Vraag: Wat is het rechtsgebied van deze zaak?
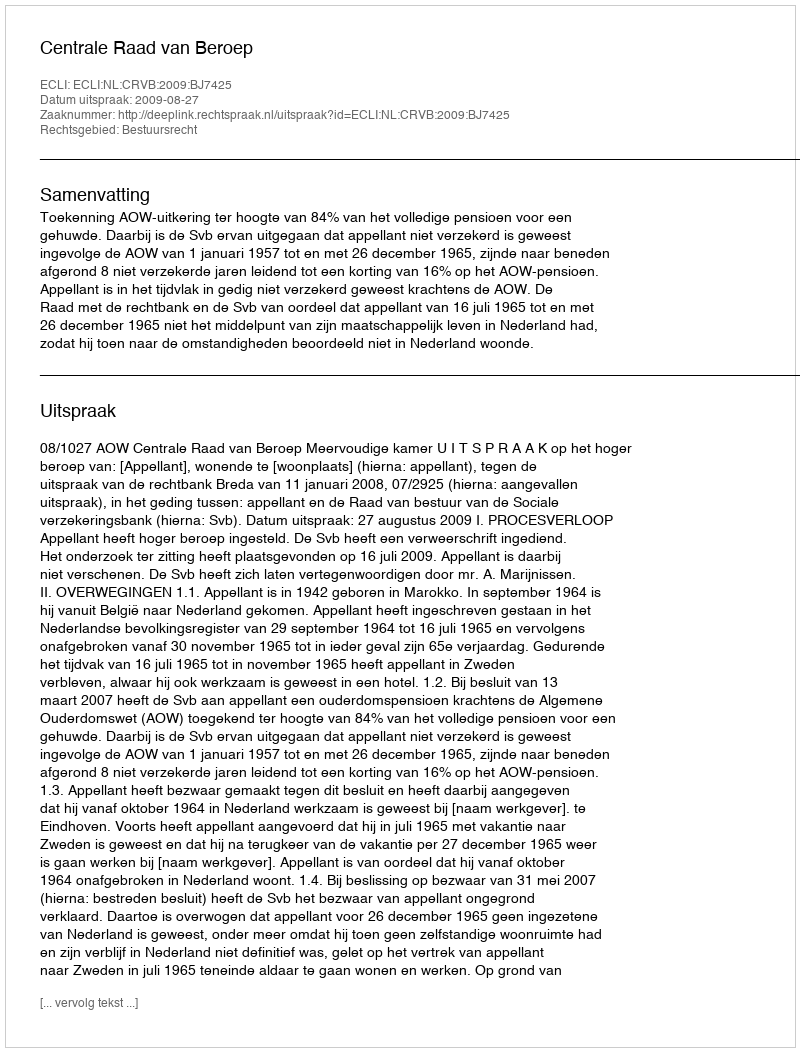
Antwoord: Bestuursrecht